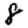
Digit: 8